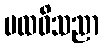
ပထဝိသညာ